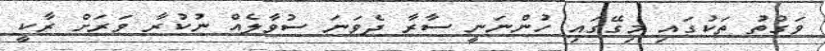
ވަގުތު ތަކުގައި މިގޭގައި ހުންނަނީ ސާރާ ދެވަނަ ސުވާލެއް ނުކުރާ ވަރަށް ރާކީ